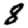
Digit: 8